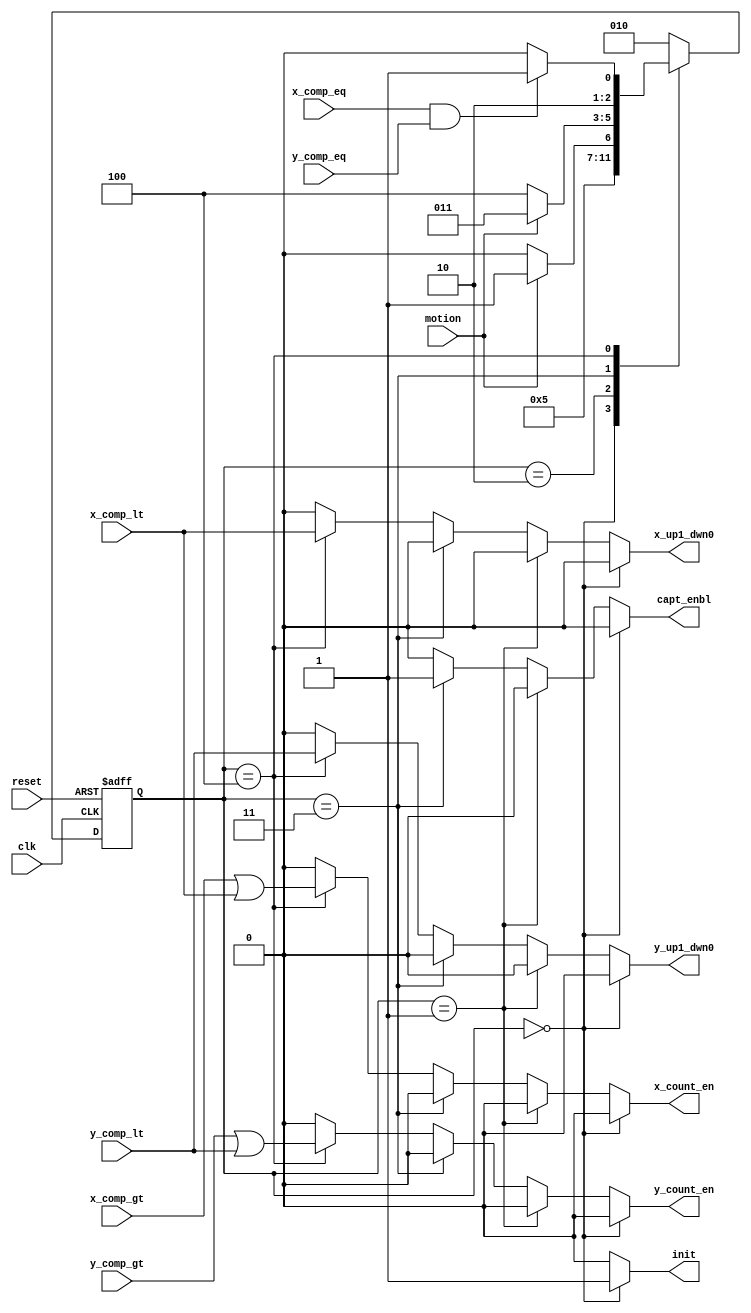
module Mealy_SM
(
  input  clk,
  input  reset,	 
  input  motion,
  input  x_comp_eq,
  input	x_comp_gt,
  input  x_comp_lt,
  			 
  input  y_comp_eq,
  input	y_comp_gt,
  input  y_comp_lt,
  
  output reg init,
  output reg x_count_en,
  output reg x_up1_dwn0,
  output reg y_count_en,
  output reg y_up1_dwn0,
  output reg capt_enbl		 
);

  parameter INITIALIZE1 =3'b000,
				INITIALIZE2 =3'b001,
				AT_REST		=3'b010,
				CAPTURE_XY	=3'b011,
				IN_MOTION	=3'b100,
				XY_REACHED	=3'b101;

 // RANGE of STATE VALUES (INITIALIZE, AT_REST, CAPTURE_XY, IN_MOTION, XY_REACHED);

   reg [2:0] current_state, next_state;		// current_state, next_state registers of type STATES


// STATE MACHINE: MEALY Type

//REGISTER SECTION OF STATE MACHINE

always @(posedge clk, posedge reset) 	// sequential logic to latch the FSM state (FSM REGISTER SECTION)
   begin
		if (reset==1) 
	      current_state <= INITIALIZE1;
		else   
         current_state <= next_state; 	// on the rising edge of clock the current state is updated with next state value
   end	

	//TRANSITION SECTION OF STATE MACHINE
always @(*) 		 							// logic to determine next state. (FSM TRANSITION SECTION)
begin
     case (current_state)	  
				INITIALIZE1: 
				begin		
               next_state = INITIALIZE2;
            end
				
				INITIALIZE2: 
				begin		
               next_state = AT_REST;
            end
				
				AT_REST: 
				begin		
					if (motion) 
               next_state = CAPTURE_XY;
					else 
               next_state = AT_REST;
            end
				
				CAPTURE_XY: 
				begin		
					if (motion) 
               next_state = CAPTURE_XY; // stay here until MOTION goes off. Then go to IN_MOTION
					else
               next_state = IN_MOTION;
            end
				
				IN_MOTION:
				begin
					if ((x_comp_eq) & (y_comp_eq))
               next_state = XY_REACHED;
					else
					next_state = IN_MOTION;
            end

           XY_REACHED:
			  begin
					next_state = AT_REST;
				end
							 
			  default:
               next_state = AT_REST;
 		endcase
 end

 
//DECODER SECTION OF STATE MACHINE
 always @(*)			  							// logic to drive MEALY FSM outputs (FSM DECODER SECTION)
 begin
	if (current_state == INITIALIZE1)		// force outside counters to be initialized to zero for first state
			begin
				init			= 1'b1;
				x_count_en 	= 1'b0;
				x_up1_dwn0  = 1'b0;				
				y_count_en 	= 1'b0;
				y_up1_dwn0  = 1'b0;				
				capt_enbl 	= 1'b0;
			end	

	else if (current_state == INITIALIZE2) // keep outside counters initialized to zero for another state
			begin
				init			= 1'b0;
				x_count_en 	= 1'b0;
				x_up1_dwn0  = 1'b0;				
				y_count_en 	= 1'b0;
				y_up1_dwn0  = 1'b0;				
				capt_enbl 	= 1'b0;
			end	

	else if (current_state == CAPTURE_XY) // motion button has been pressed. activate outside x/y register capture enables
			begin
				init			= 1'b0;
				x_count_en 	= 1'b0;
				x_up1_dwn0  = 1'b0;				
				y_count_en 	= 1'b0; 
				y_up1_dwn0  = 1'b0;				
				capt_enbl 	= 1'b1;
			end	
	else if (current_state == IN_MOTION) // motion input button release. x/Y motion is now enabled
			begin
				init			= 1'b0;
				x_count_en 	= ((x_comp_gt) | (x_comp_lt));
				x_up1_dwn0  = x_comp_lt;				
				y_count_en 	= ((y_comp_gt) | (y_comp_lt));
				y_up1_dwn0  = y_comp_lt;
				capt_enbl 	= 1'b0;
			end
	else											// default case (used in AT_REST and XY_REACHED states), is to deactivate all FSM outputs.
			begin
				init			= 1'b0;
				x_count_en 	= 1'b0;
				x_up1_dwn0  = 1'b0;				
				y_count_en 	= 1'b0;
				y_up1_dwn0  = 1'b0;				
				capt_enbl 	= 1'b0;
			end
end
endmodule